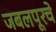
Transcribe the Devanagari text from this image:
जबलपूरचे